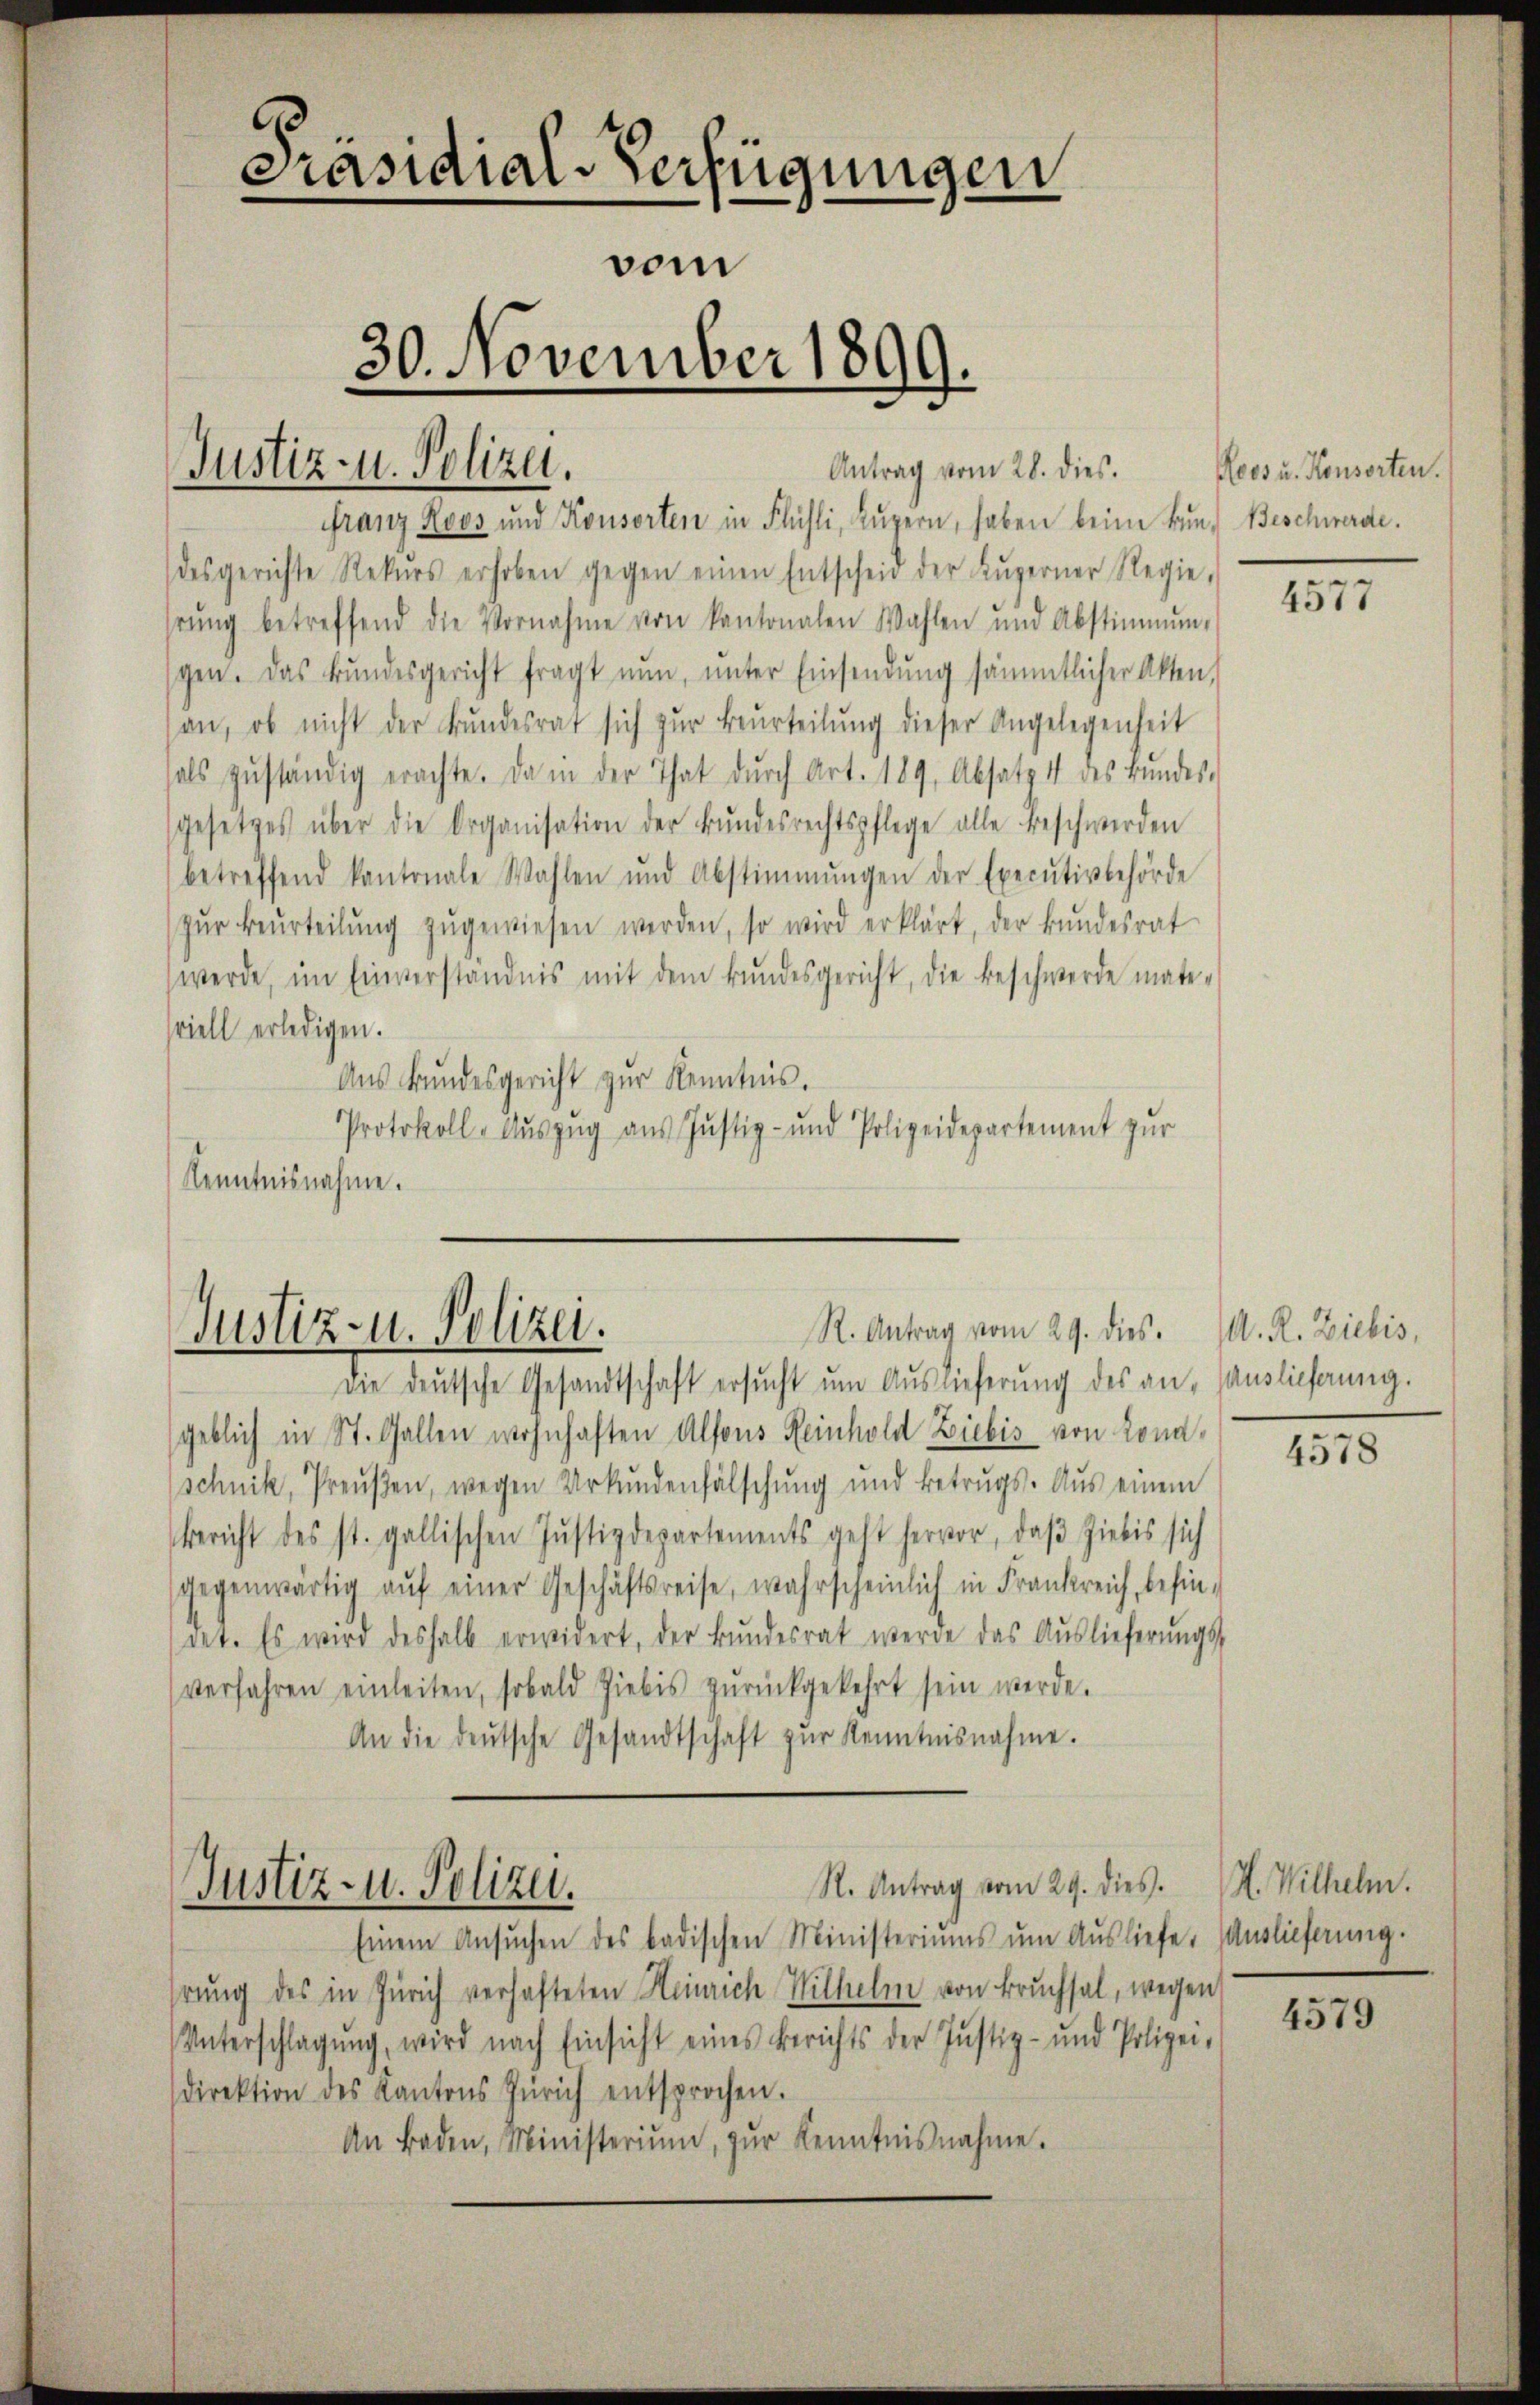
Präsidial-Verfügungen
vom
30. November 1899.

Justiz- u. Polizei.

franz Roos und Konsorten in Flühli, Lŭzern, haben beim Bund Beschwerde.
desgerichte Rekŭrs erhoben gegen einen Entscheid der Lŭzerner Regie
rŭng betreffend die Vornahme von kantonalen Wahlen und Abstimmung
gen. Das Bundesgericht fragt nun, ŭnter Einsendung sämmtlicher Akten,
an, ob nicht der Bŭndesrat sich zŭr Beurteilŭng dieser Angelegenheit
hals zŭständig erachte. Da in der That dŭrch Art. 189, Absatz 4 des Bŭndes-
gesetzes über die Organisation der Bŭndesrechtspflege alle beschwerden
betreffend kantonale Wahlen und Abstimmungen der Executivbehörde
zŭr Beurteilŭng zŭgewiesen werden, so wird erklärt, der Bŭndesrat
werde, im Einverständnis mit dem Bŭndesgericht, die Beschwerde mate-
viell erledigen.
Aus Bundesgericht zur Kenntnis.
Protokoll-Auszug aus Justiz- und Polizeidepartement zur
Kenntnisnahme.

Die deutsche Gesandtschaft ersŭcht um Auslieferung des an, auslieferung.
geblich in St. Gallen wohnhaften Alfons Reinhold Ziebis von Lonaschnik, Preußen, wegen Urkundenfälschung und Betrugs. Aus einem
Bericht des st. gallischen Justizdepartements geht hervor, daβ Zielis sich
gegenwärtig auf einer Geschäftsreise, wahrscheinlich in Frankreich, befindet. Es wird deshalb erwidert, der Bŭndesrat werde das Aŭslieferŭngs-
verfahren einleiten, sobald Ziebis zŭrückgekehrt sein werde.
An die deŭtsche Gesandtschaft zŭr Kenntnisnahme.

Einem Ansŭchen des badischen Ministeriums um Ausliefer Auslieferung.
hrung des in Zürich verhafteten Heinrich Wilhelm von Bruchsal, wegen
Unterschlagung, wird nach Einsicht eines Berichts der Justiz- und Polizei-
direktion des Kantons Zürich entsprochen.
An Baden, Ministerium, zŭr Kenntnisnahme.

Antrag vom 28. dies.

R. Antrag vom 29. dies. A. R. Ziebis,
Justiz- u. Polizei.

R. Antrag vom 29. dies. H. Wilhelm.
Justiz- u. Polizei.

Roos u. Konsorten.

4577

4578

4579